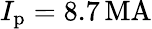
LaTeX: I_{\mathrm{p}}=8.7\, \mathrm{MA}